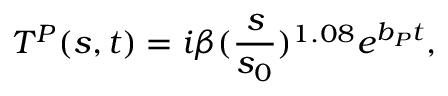
T ^ { P } ( s , t ) = i \beta ( \frac { s } { s _ { 0 } } ) ^ { 1 . 0 8 } e ^ { b _ { P } t } ,